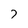
Character: 7